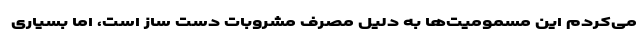
می‌کردم این مسمومیت‌ها به دلیل مصرف مشروبات دست ساز است، اما بسیاری